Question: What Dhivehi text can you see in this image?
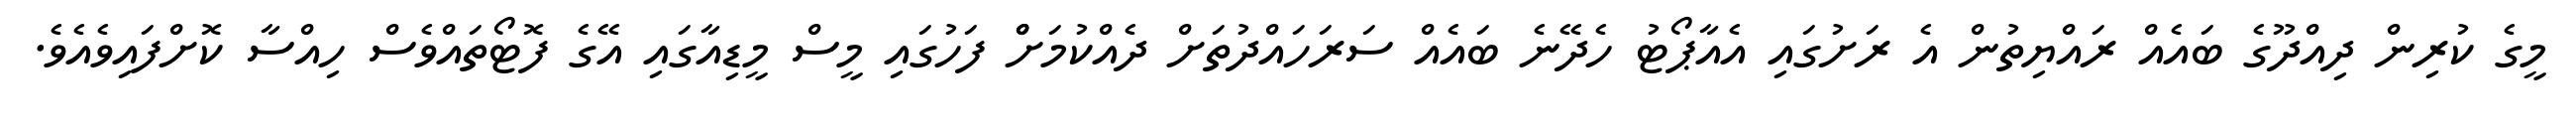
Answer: މީގެ ކުރިން ދިއްދޫގެ ބައެއް ރައްޔިތުން އެ ރަށުގައި އެއާޕޯޓު ހެދޭނެ ބައެއް ސަރަހައްދުތަށް ދެއްކުމަށްް ފަހުގައި މީސް މީޑިއާގައި އޭގެ ފޮޓޯތައްވެސް ހިއްސާ ކޮށްފައިވެއެވެ.